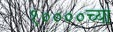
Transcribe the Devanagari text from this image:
१००००च्या